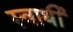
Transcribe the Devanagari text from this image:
स्‍वार्थी